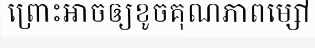
ព្រោះអាចឲ្យខូចគុណភាពម្សៅ